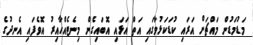
މަޑުމަޑުން މައްޗަށް އަރައި ކުޑަކަޅުވާގައި އަތް އަޅައި އޮބައިގެން މިނެޓެއްހާއިރު އޮވެފައި އެނދުގެ